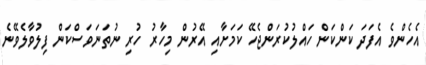
އެހެންވެ އެފަދަ ކަންކަން ހައްލުކުރަންޖެހޭ ކަމަށާއި އޭރުން މިހާރު ހުރި ނުތަނަވަސްކަން ފިލުވާލެވޭނެ